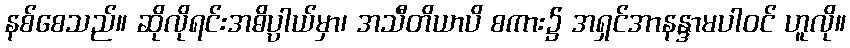
နစ်စေသည်။ ဆိုလိုရင်းအဓိပ္ပါယ်မှာ၊ အသီတိယာပိ စကား၌ အရှင်အာနန္ဒာမပါဝင် ဟူလို။